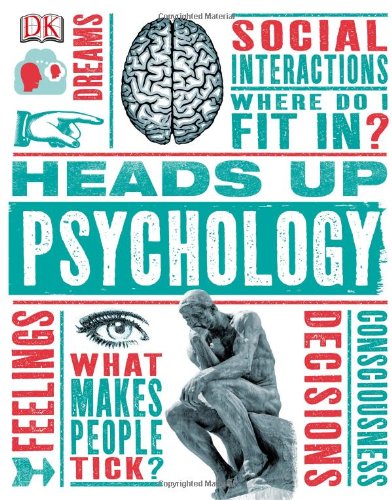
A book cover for Heads Up Psychology; Marcus Weeks; Medical Books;